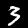
Digit: 3